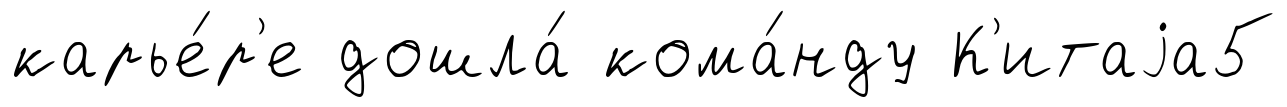
карье́р'е дошла́ кома́нду К'итаjа5